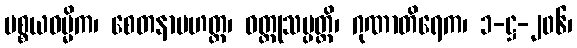
ပစ္စယဓမ္မိက၊ စေတနာမဟတ္တ၊ ဝတ္ထုသမ္ပတ္တိ၊ ဂုဏာတိရေက၊ ၁-ဋ္ဌ-၂၀၆၊